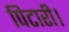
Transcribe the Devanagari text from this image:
पिटारी।